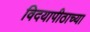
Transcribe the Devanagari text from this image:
विदयापीठाच्या